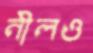
নীলও